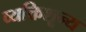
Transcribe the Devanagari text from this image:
व्यक्तिशून्य